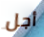
أجل